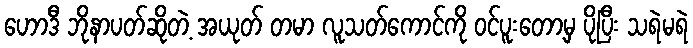
ဟောဒီ ဘိုနာပတ်ဆိုတဲ့ အယုတ် တမာ လူသတ်ကောင်ကို ဝင်ပူးတော့မှ ပိုပြီး သရဲမရဲ